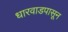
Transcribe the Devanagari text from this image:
धारवाडपासून